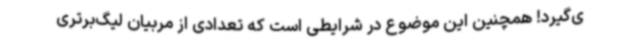
ی‌گیرد! همچنین این موضوع در شرایطی است که تعدادی از مربیان لیگ‌برتری